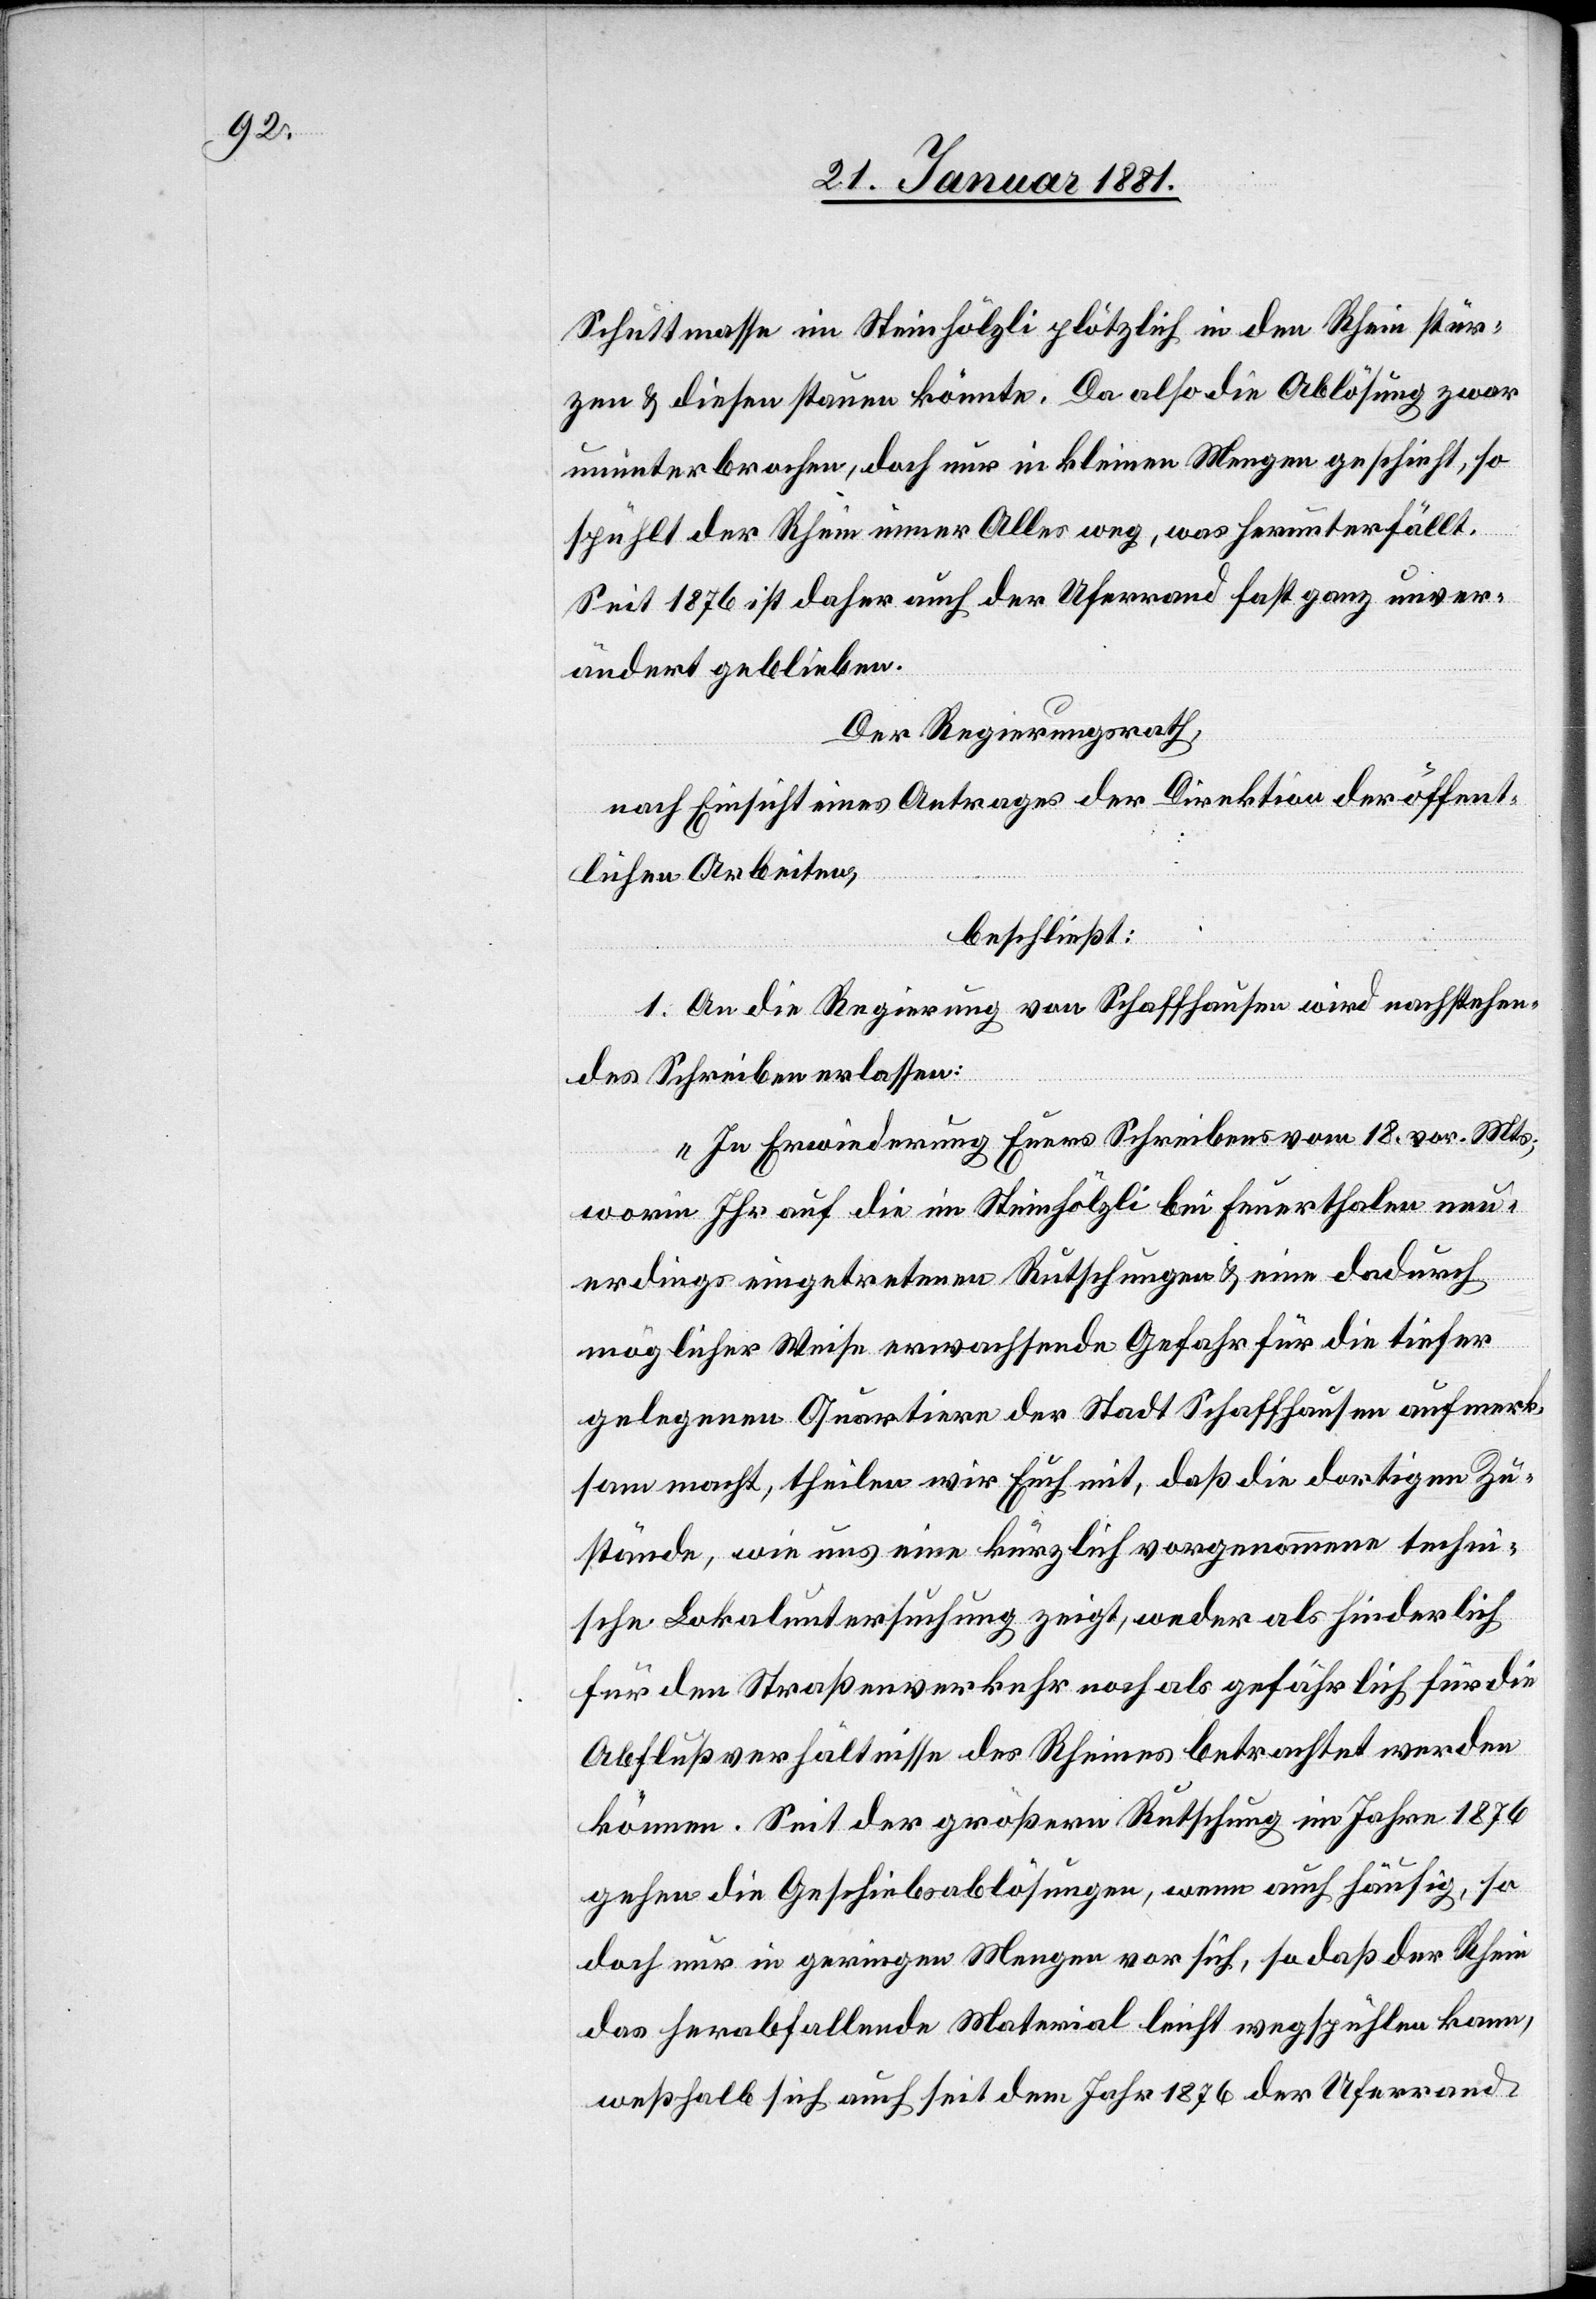
Schnittmasse im Steinhölzli plötzlich in den Rhein stür¬
zen & diesen stauen könnte. Da also die Ablösung zwar
ununterbrochen, doch nur in kleinen Mengen geschieht, so
spühlt der Rhein immer alles weg, was herunterfällt.
Seit 1876 ist daher auch der Uferrand fast ganz unver¬
ändert geblieben.
Der Regierungsrath,
nach Einsicht eines Antrages der Direktion der öffent¬
lichen Arbeiten,
beschließt:
1. An die Regierung von Schaffhausen wir nachstehen¬
des Schreiben erlassen:
„In Erwiederung Euers Schreibens vom 18. vor. Mts.;
worin Ihr auf die im Steinhölzli bei Feuerthalen neu¬
erdings eingetretenen Rutschungen & eine dadurch
möglicher Weise erwachsende Gefahr für die tiefer
gelegenen Quartiere der Stadt Schaffhausen aufmerk¬
sam macht, theilen wir Euch mit, daß die dortigen Zu¬
stände, wie uns eine kürzlich vorgenommene techni¬
sche Lokaluntersuchung zeigt, weder als hinderlich
für den Straßenverkehr noch als gefährlich für die
Abflußverhältnisse des Rheines betrachtet werden
können. Seit der größern Rutschung im Jahre 1876
gehen die Geschiebsablösungen, wenn auch häufig, so
doch nur in geringen Mengen vor sich, so daß der Rhein
das herabfallende Material leicht wegspühlen kann,
weßhalb sich auch seit dem Jahr 1876 der Uferrand